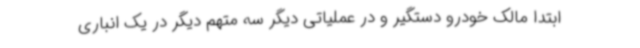
ابتدا مالک خودرو دستگیر و در عملیاتی دیگر سه متهم دیگر در یک انباری